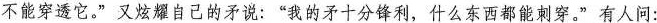
都不能穿透它。”又炫耀自己的矛说：”我的矛十分锋利，什么东西都能刺穿。”有人问：